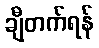
ချီတက်ရန်